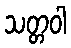
သတ္တဝါ